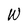
Character: W